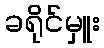
ခရိုင်မှူး